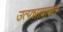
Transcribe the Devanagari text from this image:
उत्पन्नाबाबत